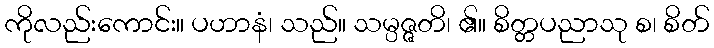
ကိုလည်းကောင်း။ ပဟာနံ၊ သည်။ သမ္ပဇ္ဇတိ၊ ၏။ စိတ္တပညာသု စ၊ စိတ်